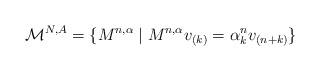
LaTeX: \begin{align*}\mathcal{M}^{N,A}=\{M^{n,\alpha }\mid M^{n,\alpha }v_{(k)}=\alpha_{k}^{n}v_{(n+k)}\}\end{align*}